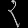
Digit: ၃